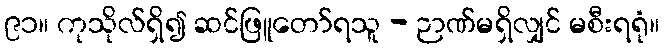
၉၁။ ကုသိုလ်ရှိ၍ ဆင်ဖြူတော်ရသူ - ဉာဏ်မရှိလျှင် မစီးရရုံ။